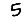
Digit: 5